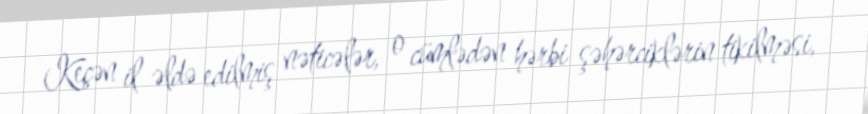
Keçən il əldə edilmiş nəticələr, o cümlədən hərbi şəhərciklərin tikilməsi,